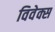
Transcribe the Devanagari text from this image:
विवेक्स